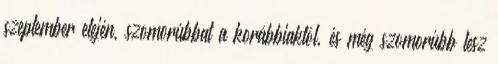
szeptember elején, szomorúbbat a korábbiaktól, és még szomorúbb lesz